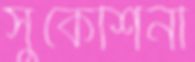
সুকেশিনী